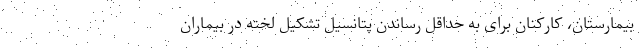
بیمارستان، کارکنان برای به حداقل رساندن پتانسیل تشکیل لخته در بیماران